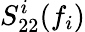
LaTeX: S_{22}^{i}(f_{i})